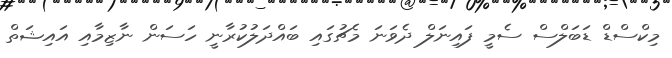
މިކްސްޑް ޑަބަލްސް ސެމީ ފައިނަލް ދެވަނަ މެޗުގައި ބައްދަލުކުރާނީ ހަސަން ނާޒިމާއި އައިޝަތް